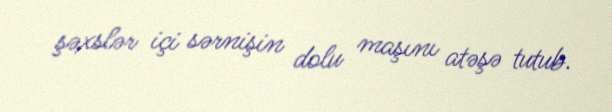
şəxslər içi sərnişin dolu maşını atəşə tutub.